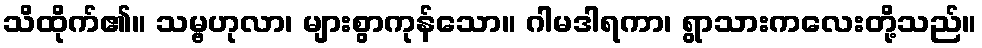
သိထိုက်၏။ သမ္ဗဟုလာ၊ များစွာကုန်သော။ ဂါမဒါရကာ၊ ရွာသားကလေးတို့သည်။